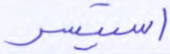
استيسر